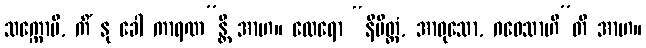
သက္ကောမိ, ကိံ နု ခေါ ကာရဏ”န္တိ အာဟ။ ထေရော “နိမိတ္တံ, အာဝုသော, ဂဝေသာဟီ”တိ အာဟ။